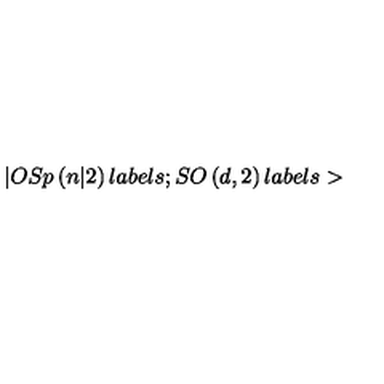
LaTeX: | O S p \left( n | 2 \right) l a b e l s ; S O \left( d , 2 \right) l a b e l s >